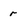
Character: r